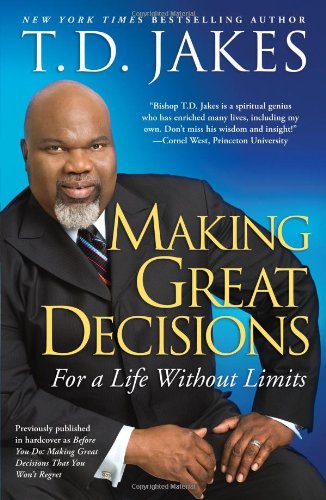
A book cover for Making Great Decisions: For a Life Without Limits; T.D. Jakes; Self-Help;